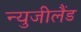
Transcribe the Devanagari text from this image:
न्युजीलैंड